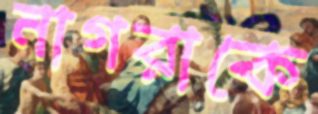
নাগরাকে